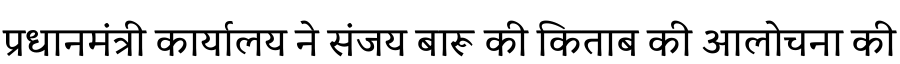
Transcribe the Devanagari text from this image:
प्रधानमंत्री कार्यालय ने संजय बारू की किताब की आलोचना की